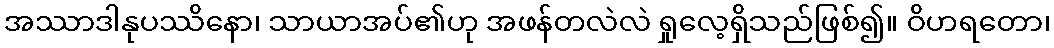
အဿာဒါနုပဿိနော၊ သာယာအပ်၏ဟု အဖန်တလဲလဲ ရှုလေ့ရှိသည်ဖြစ်၍။ ဝိဟရတော၊